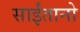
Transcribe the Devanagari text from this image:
साईंतानो